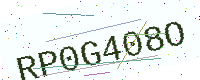
Text: RP0G408O